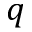
q